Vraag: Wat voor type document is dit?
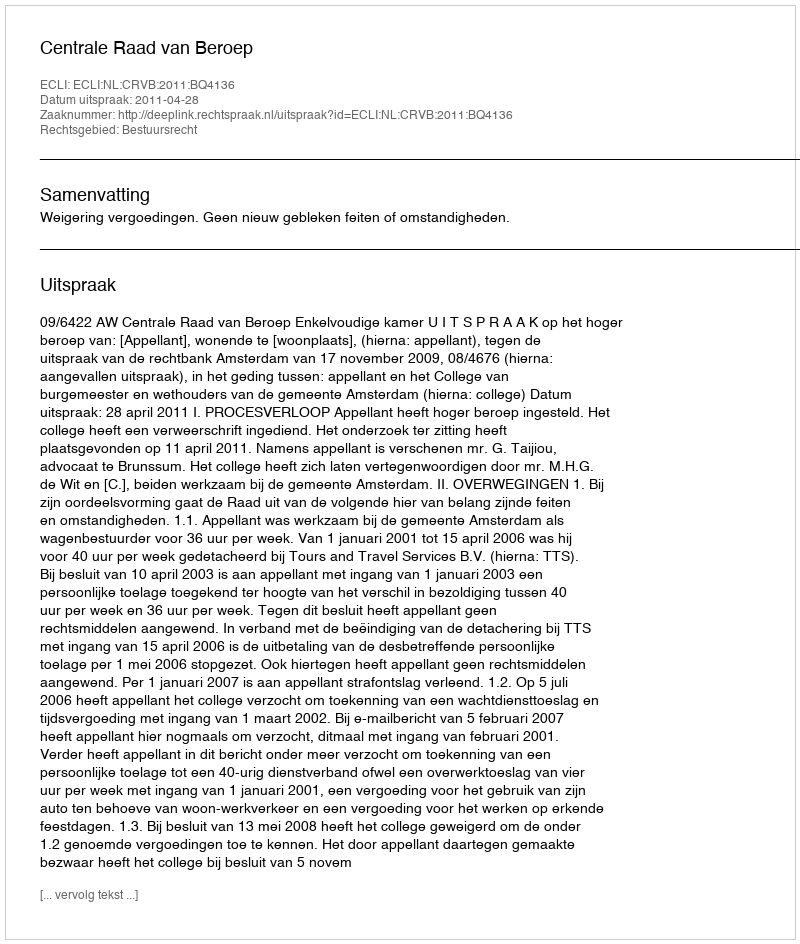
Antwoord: Uitspraak